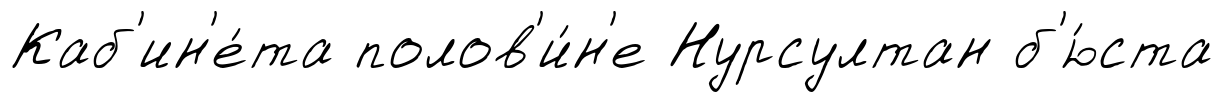
Каб'ин'е́та полов'и́н'е Нурсултан б'ю́ста